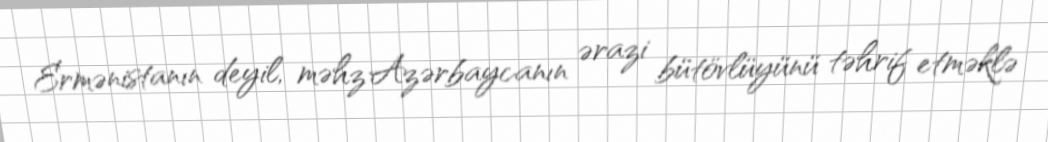
Ermənistanın deyil, məhz Azərbaycanın ərazi bütövlüyünü təhrif etməklə